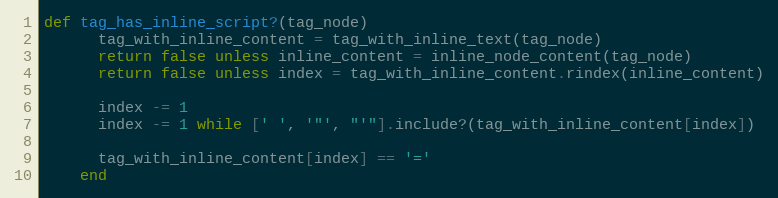
Language: Ruby
def tag_has_inline_script?(tag_node)
      tag_with_inline_content = tag_with_inline_text(tag_node)
      return false unless inline_content = inline_node_content(tag_node)
      return false unless index = tag_with_inline_content.rindex(inline_content)

      index -= 1
      index -= 1 while [' ', '"', "'"].include?(tag_with_inline_content[index])

      tag_with_inline_content[index] == '='
    end